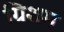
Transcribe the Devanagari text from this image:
ग्रिशम